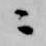
ニ